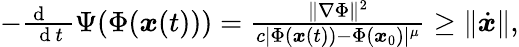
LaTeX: \begin{array}{r}{-\frac{\mathrm{~d~\, ~\, ~}}{\mathrm{~d~}t}\Psi(\Phi({\boldsymbol x}(t)))=\frac{\| \nabla\Phi\| ^{2}}{c|\Phi({\boldsymbol x}(t))-\Phi({\boldsymbol x}_{0})|^{\mu}}\geq\| \dot{{\boldsymbol x}}\| ,}\end{array}